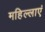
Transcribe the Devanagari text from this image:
महिल्लाएं